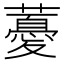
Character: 𧀥